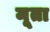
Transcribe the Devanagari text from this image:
मूता